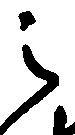
之